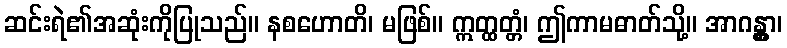
ဆင်းရဲ၏အဆုံးကိုပြုသည်။ နစဟောတိ၊ မဖြစ်။ ဣတ္ထတ္တံ၊ ဤကာမဓာတ်သို့။ အာဂန္တွာ၊